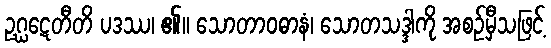
ဥဂ္ဃဋေတီတိ ပဒဿ၊ ၏။ သောတာဝဓာနံ၊ သောတသဒ္ဒါကို အစဉ်မှီသဖြင့်